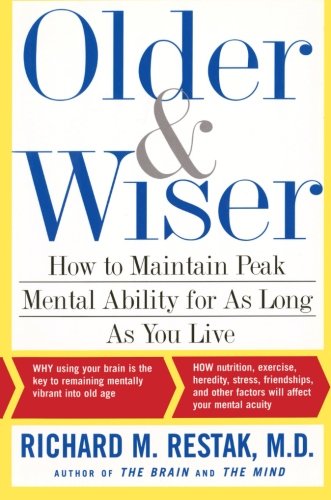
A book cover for OLDER AND WISER; Richard Restak; Health, Fitness & Dieting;